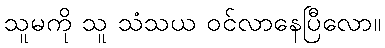
သူမကို သူ သံသယ ဝင်လာနေပြီလော။